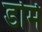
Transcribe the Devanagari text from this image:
डोर्म